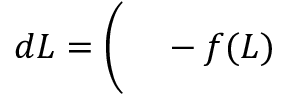
\begin{array} { r l } { d L = \bigg ( } & { { } - f ( L ) } \end{array}